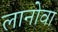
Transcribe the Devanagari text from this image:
लानोवा